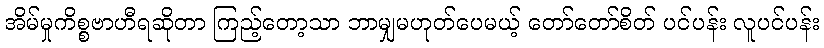
အိမ်မှုကိစ္စဗာဟီရဆိုတာ ကြည့်တော့သာ ဘာမျှမဟုတ်ပေမယ့် တော်တော်စိတ် ပင်ပန်း လူပင်ပန်း